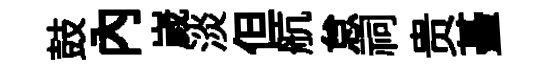
鼓內嵗淡但航怠祠贵䑓